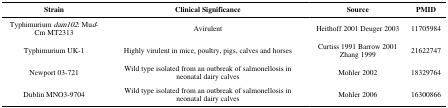
| Strain | Clinical Significance | Source | PMID |
 | --- | --- | --- | --- |
 | Typhimurium dam102: Mud-Cm MT2313 | Avirulent | Heithoff 2001 Deuger 2003 | 11705984 |
 | Typhimurium UK-1 | Highly virulent in mice, poultry, pigs, calves and horses | Curtiss 1991 Barrow 2001 Zhang 1999 | 21622747 |
 | Newport 03-721 | Wild type isolated from an outbreak of salmonellosis in neonatal dairy calves | Mohler 2002 | 18329764 |
 | Dublin MNO3-9704 | Wild type isolated from an outbreak of salmonellosis in neonatal dairy calves | Mohler 2006 | 16300866 |